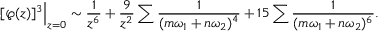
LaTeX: [ \wp ( z ) ] ^ { 3 } { \Big | } _ { z = 0 } \sim { \frac { 1 } { z ^ { 6 } } } + { \frac { 9 } { z ^ { 2 } } } \sum { \frac { 1 } { ( m \omega _ { 1 } + n \omega _ { 2 } ) ^ { 4 } } } + 1 5 \sum { \frac { 1 } { ( m \omega _ { 1 } + n \omega _ { 2 } ) ^ { 6 } } } .